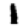
Digit: 1